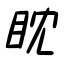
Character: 眈